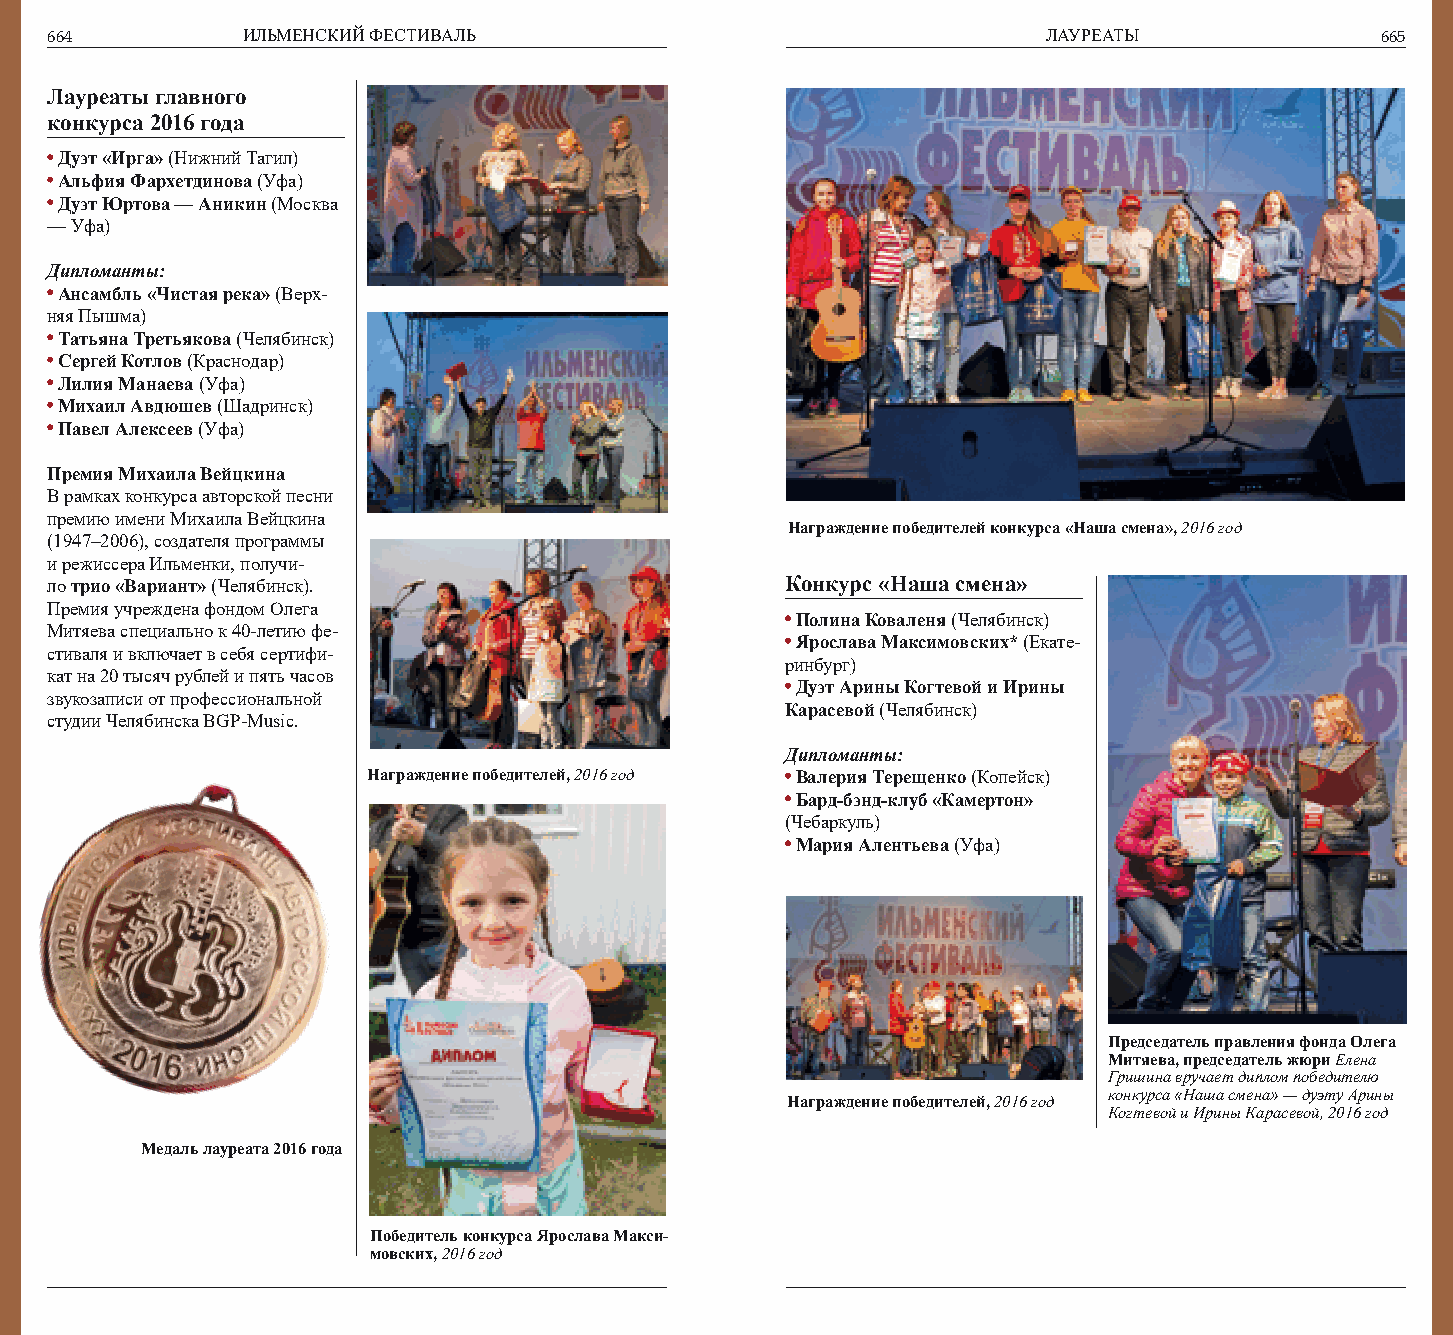
664          ИЛЬМЕНСКИЙ ФЕСТИВАЛЬ                                 ЛАУРЕАТЫ              665
 Лауреаты главного
 конкурса 2016 года
 Дуэт «Ирга» (Нижний Тагил)
 Альфия Фархетдинова (Уфа)
 Дуэт Юртова — Аникин (Москва
 — Уфа)
 Дипломанты:
 Ансамбль «Чистая река» (Верх-
 няя Пышма)
 Татьяна Третьякова (Челябинск)
 Сергей Котлов (Краснодар)
 Лилия Манаева (Уфа)
 Михаил Авдюшев (Шадринск)
 Павел Алексеев (Уфа)
 Премия Михаила Вейцкина
 В рамках конкурса авторской песни
 премию имени Михаила Вейцкина
 Награждение победителей конкурса «Наша смена», 2016 год
 (1947–2006), создателя программы
 и режиссера Ильменки, получи-
 ло трио «Вариант» (Челябинск).                   Конкурс «Наша смена»
 Премия учреждена фондом Олега
 Полина Коваленя (Челябинск)
 Митяева специально к 40-летию фе-
 Ярослава Максимовских* (Екате-
 стиваля и включает в себя сертифи-
 ринбург)
 кат на 20 тысяч рублей и пять часов
 Дуэт Арины Когтевой и Ирины
 звукозаписи от профессиональной
 Карасевой (Челябинск)
 студии Челябинска BGP-Music.
 Дипломанты:
 Награждение победителей, 2016 год Валерия Терещенко (Копейск)
 Бард-бэнд-клуб «Камертон»
 (Чебаркуль)
 Мария Алентьева (Уфа)
 Председатель правления фонда Олега
 Митяева, председатель жюри Елена
 Гришина вручает диплом победителю
 конкурса «Наша смена» — дуэту Арины
 Награждение победителей, 2016 год
 Когтевой и Ирины Карасевой, 2016 год
 Медаль лауреата 2016 года
 Победитель конкурса Ярослава Макси-
 мовских, 2016 год